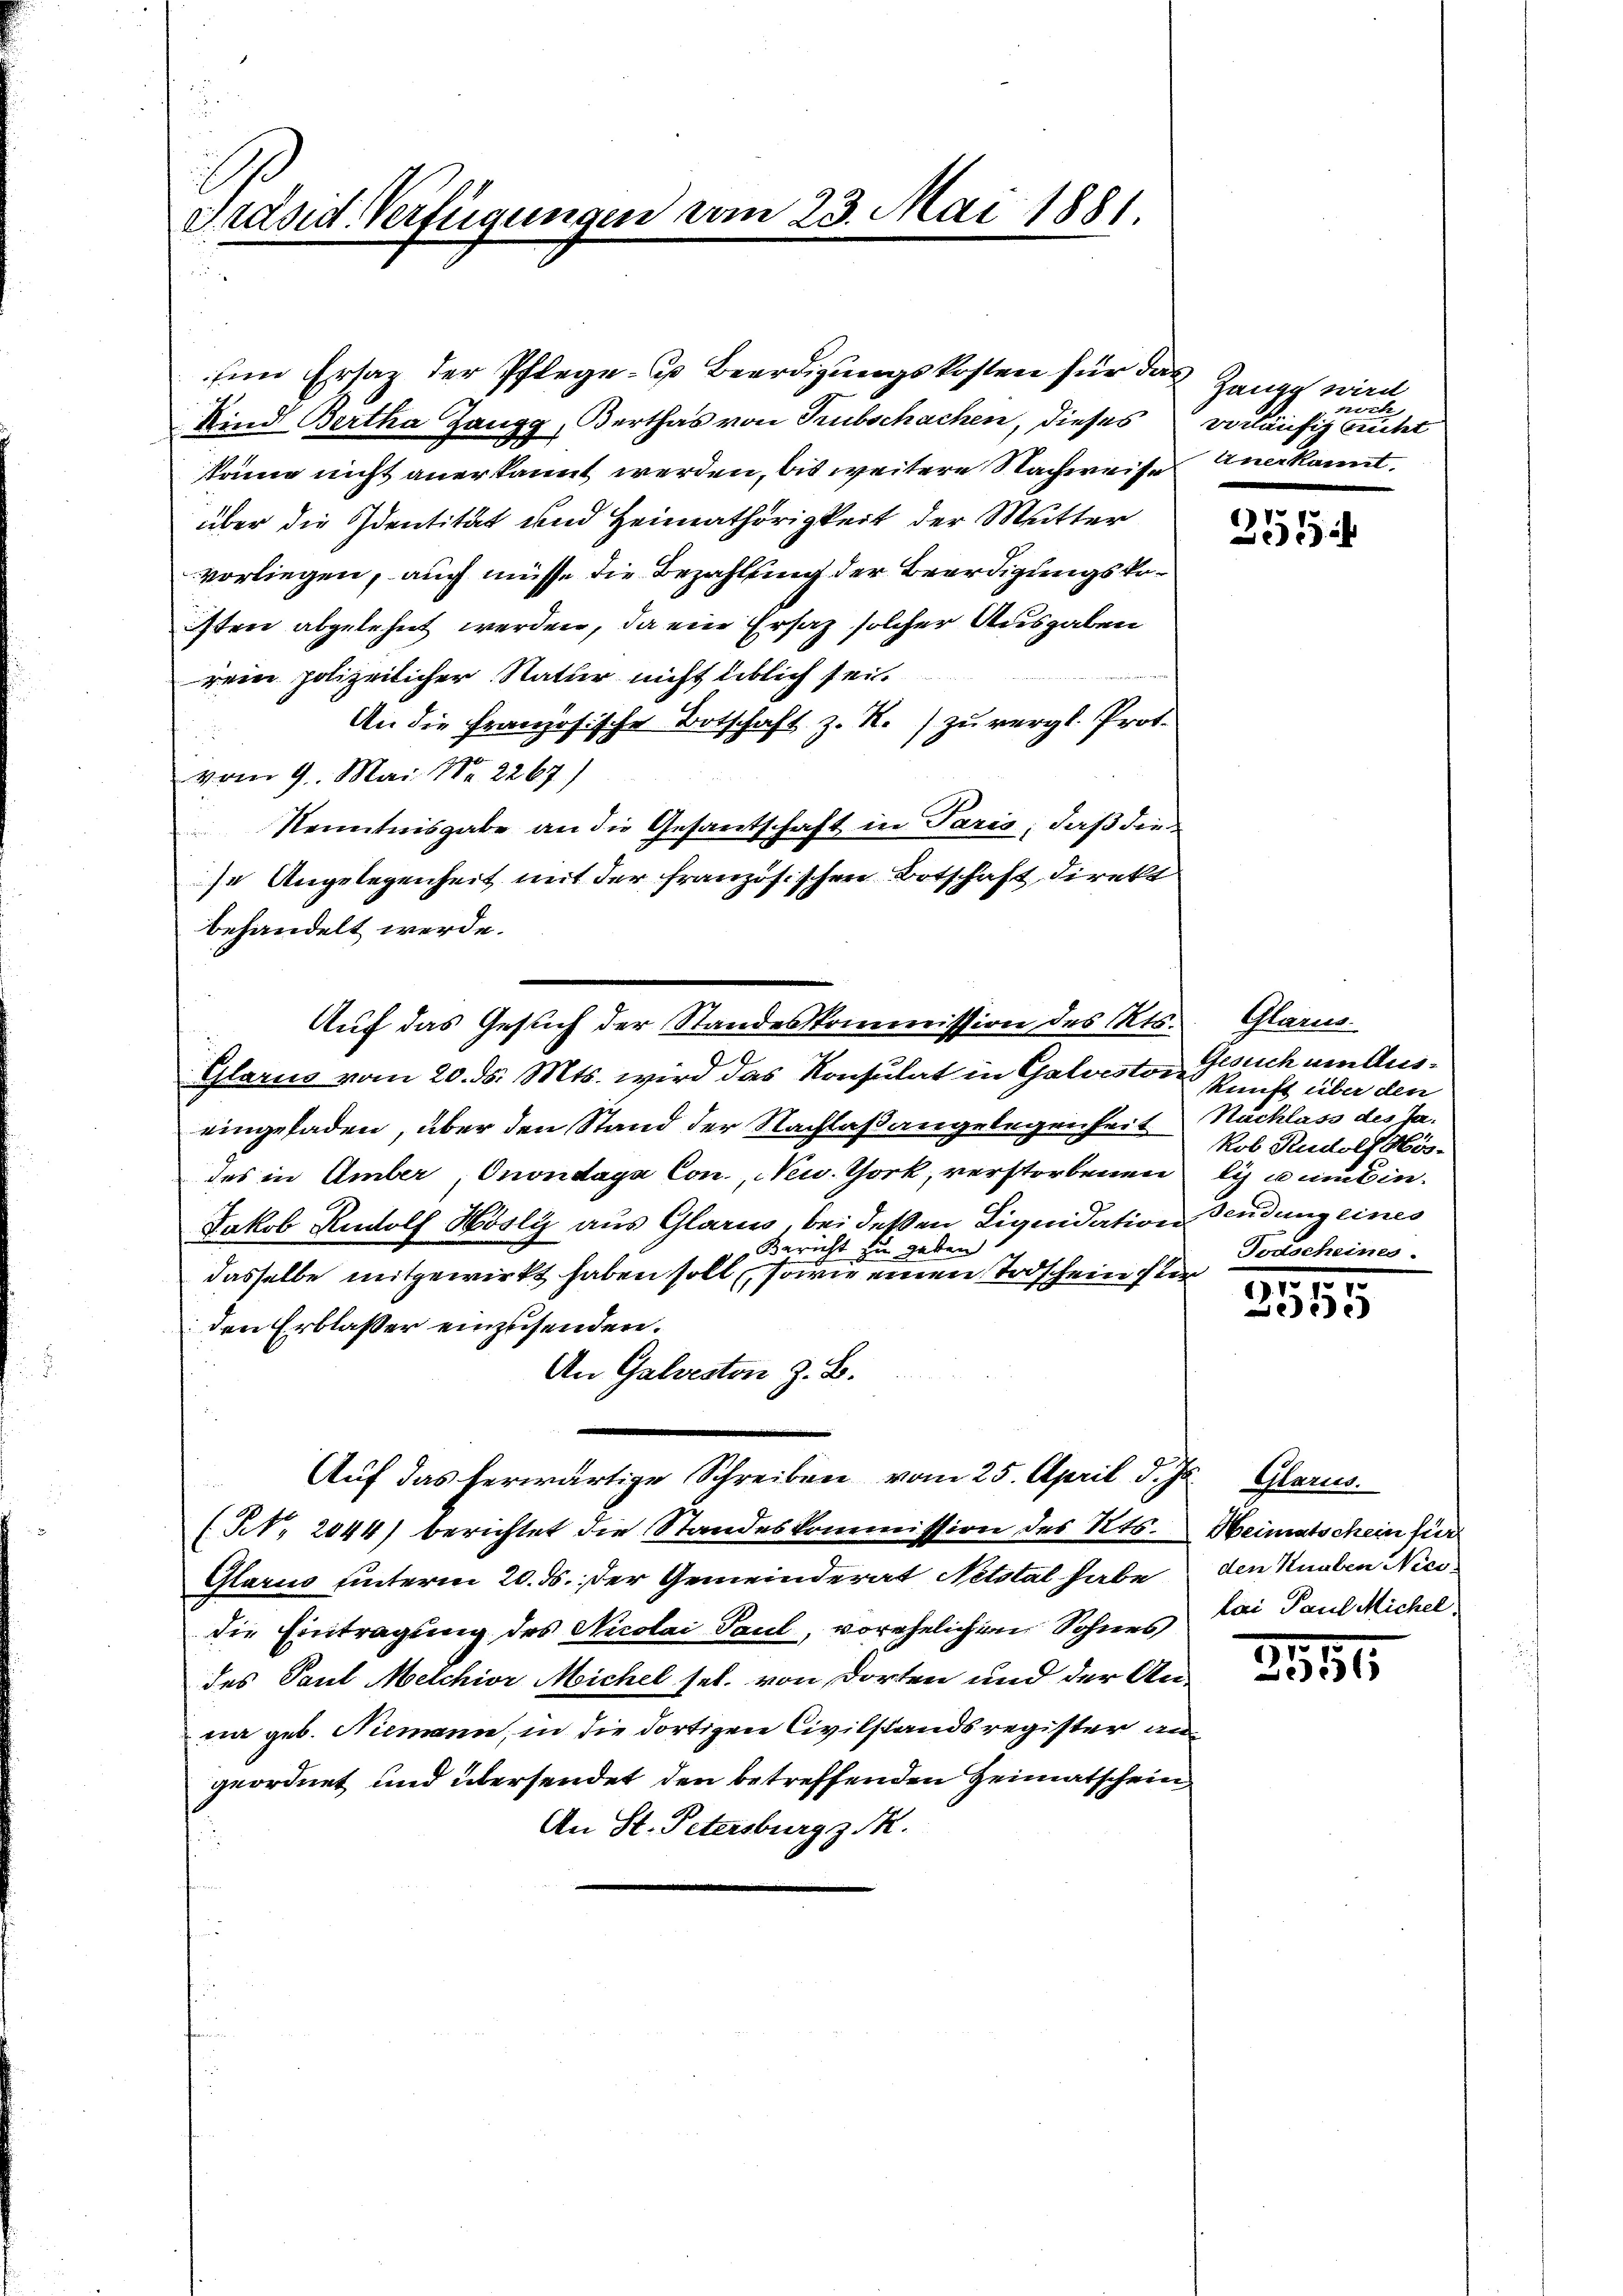
Präsid. Verfügungen vom 23. Mai 1881.
u

Ein Ersatz der Pflege - u Beerdigungskosten für das
Kind Bertha Zangg, Berthas von Trubschachen, dieses vorläufig nicht
könne nicht anerkannt werden, bis weitere Nachweise Anerkannt.
über die Identität und Heimathörigkeit der Mutter
vorliegen, auch müsse die Bezahlung der Beerdigungskoisten abgelehnt werden, da ein Ersatz solcher Ausgaben
rein polizeilicher Natur nicht üblich sei.
An die Französische Botschaft z. R./ zu vergl. Prof.
vom 9. Mai Nr. 2267)
Kenntnisgabe an die Gesantschaft in Paris, daß die
se Angelegenheit mit der französischen Botschaft direkt
behandelt werde.
Auf das Gesuch der Standeskommission des Kts.
Glarus vom 20. ds. Mts. wird das Konsulat in Galvestor Gesuch um Auseingeladen, über den Stand der Nachlaßangelegenheit
des in Amber, Onondaga Con, New York, verstorbenen
Jakob Rudolf Hösly aus Glarus, bei deßen Liquidation Sendung eines
Bericht zu geben.
dasselbe mitgewirkt haben soll, sowie einen Todschein für
den Erblasser einzusenden.
An Galveston z. B.
Auf das herwärtige Schreiben vom 25. April d. Js.
(Nr. 2044) berichtet die Standeskommission des Kts.
Glarus unterm 20. ds. der Gemeinderat Netstal habe
die Eintragung des Nicolai Paul, vorehelichen Sohnes,
des Paul Melchior Michel sel. von dorten und der An-
na geb. Niemann, in die dortigen Civilstandsregister angeordnet und übersendet den betreffenden Heimatschein
An St. Petersburg z. M.

Zangg wird
noch

255

Glarus.
kunft über den
Nachlass des Ja-
kob Rudolf Hös-
lis cumbin
Todscheines.

1917.
55

Glarus.
Heimatschein für
den Knaben Nici-
lai Paul Michel.

11
2536